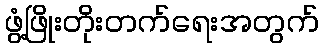
ဖွံ့ဖြိုးတိုးတက်ရေးအတွက်